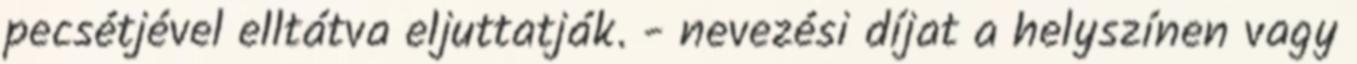
pecsétjével elltátva eljuttatják. - nevezési díjat a helyszínen vagy